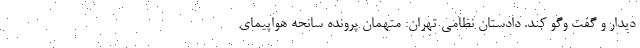
دیدار و گفت وگو کند. دادستان نظامی تهران: متهمان پرونده سانحه هواپیمای